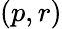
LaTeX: (p,r)